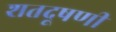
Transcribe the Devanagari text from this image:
शतदूषणी